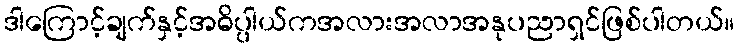
ဒါကြောင့်ချက်နှင့်အဓိပ္ပါယ်ကအလားအလာအနုပညာရှင်ဖြစ်ပါတယ်။